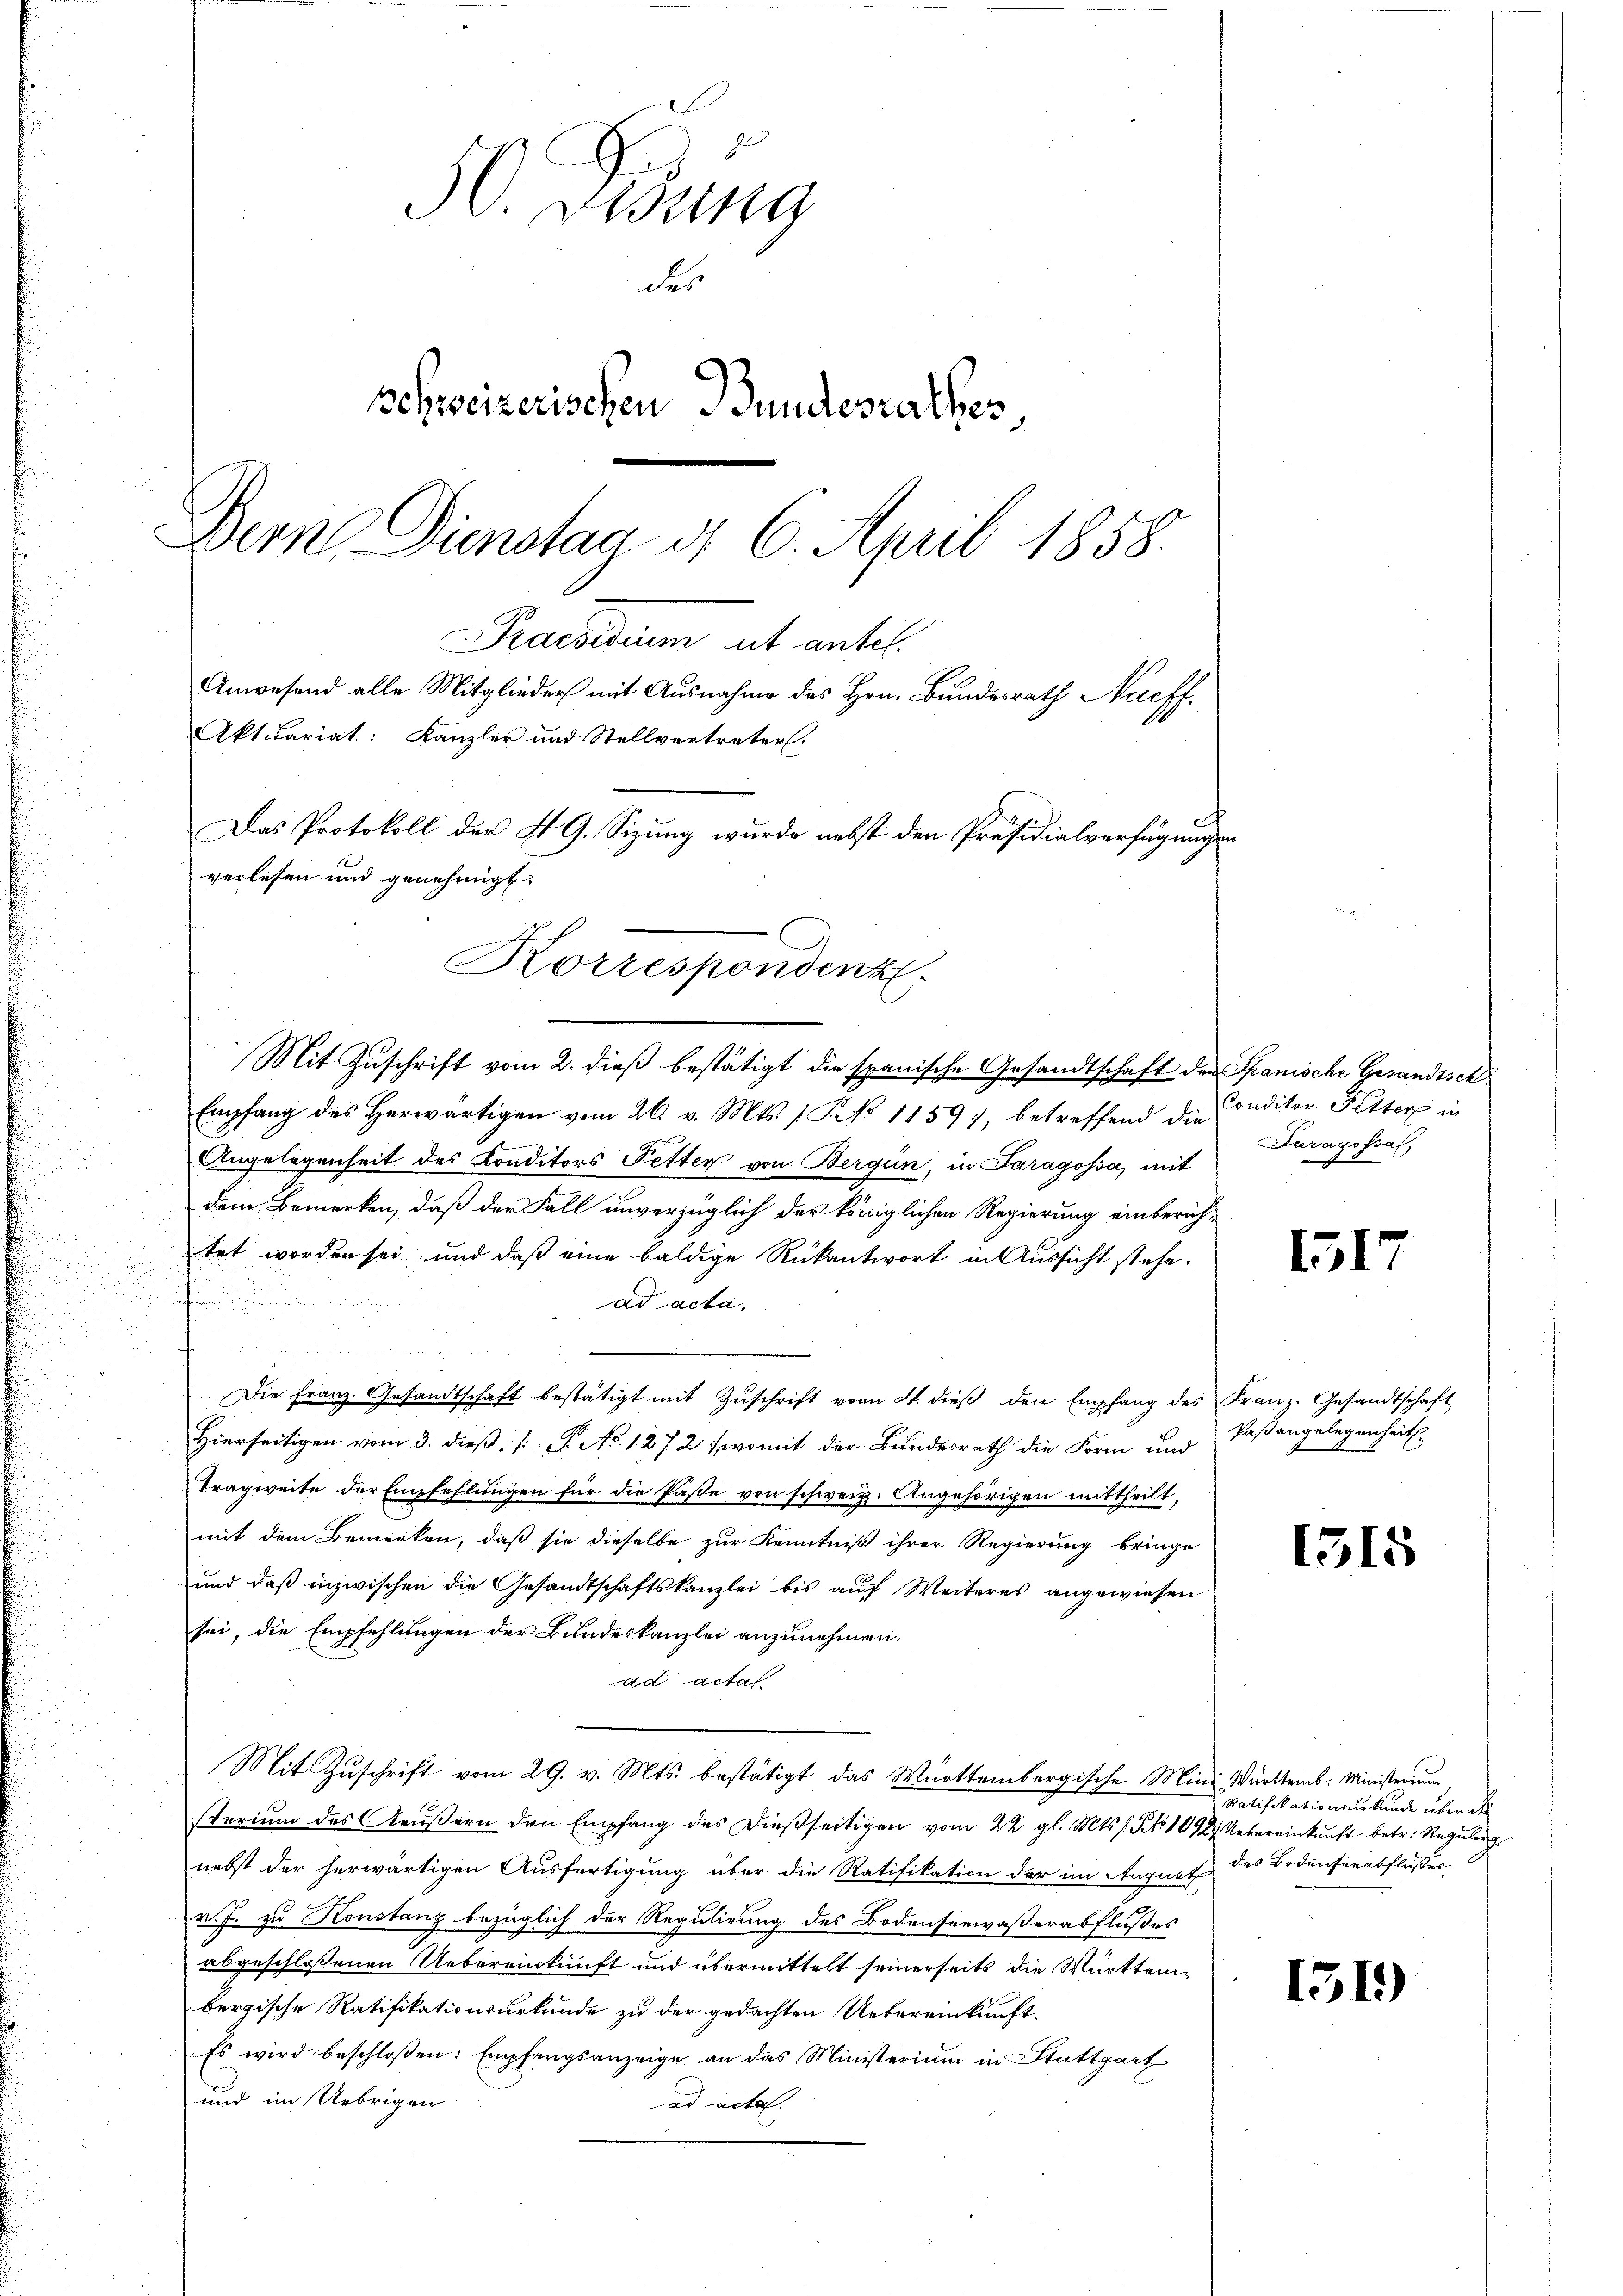
50. Dedung
des
schweizerischen Bundesrathes,
Dern. Dienstag d. 6. April 1858.
Praesiduum ut antel
Anwesend alle Mitglieder mit Ausnahme des Hrn. Bundesrath Nachf
Aktuariat: Kanzler und Stellvertreter.
Das Protokoll der 49. Sizung wurde nebst den Präsidialverfügungsverlesen und genehmigt.

Korrespondenz.
Mit Zuschrift vom 2. dieß bestätigt die spanische Gesandtschaft der Spanische Gesandtsch

Empfang des Herwärtigen vom 26. v. Mts. 1 P. No 1159), betreffend die Conditor Fetter in
4

Angelegenheit des Konditors Petter von Bergün, in Paragossa, mit
dem Bemerken, daß der Fall unverzüglich der königlichen Regierung einberich-
tet worden sei, und daß eine baldige Rükantwort in Aussicht stehe.
n
ad acta.
Die Franz. Gesandtschaft bestätigt mit Zŭschrift vom 21. dieß den Empfang des Franz. Gesandtschaft
Hierseitigen vom 3. dieß, 1 S. No 1272 (womit der Bundesrath die Form und
Tragweite der Empfehlungen für die Pässe von schweiz. Angehörigen mittheilt,
mit dem Bemerken, daß sie dieselbe zur Kenntniß ihrer Regierung bringe
und daß inzwischen die Gesandtschaftskanzlei bis auf Weiteres angewiesen
sei, die Empfehlungen der Bundeskanzlei anzunehmen.
ad acta
Mit Zuschrift vom 29. v. Mts. bestätigt das Württembergische Minis. Württemb. Ministerium
sterium des Aeußern den Empfang des dießseitigen vom 22. gl. Mts. s. § 1092. Uebereinkunft betr. Regulir
nebst der herwärtigen Ausfertigung über die Ratifikation der im August des Bodenserabflußes
v. J. zu Konstanz bezüglich der Regulirung des Bodenseewaßerabflußes
abgeschlossenen Uebereinkunft und übermittelt seinerseits die Württembergische Ratifikationsurkunde zu der gedachten Uebereinkunft-
Es wird beschlossen: Empfangsanzeige an das Ministerium in Stuttgart
und im Uebrigen
ad acte. |

Paragofsal,

1517

Paßangelegenheit.

1315

Ratifikationsurkunde über die

1319)